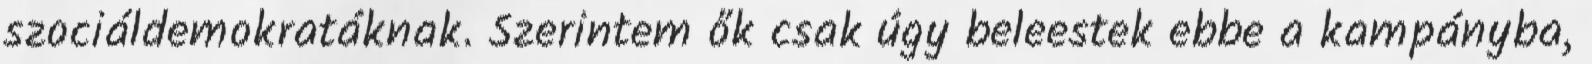
szociáldemokratáknak. Szerintem ők csak úgy beleestek ebbe a kampányba,